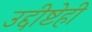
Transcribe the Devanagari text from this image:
उद्दीष्टेही